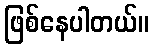
ဖြစ်နေပါတယ်။